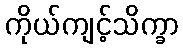
ကိုယ်ကျင့်သိက္ခာ